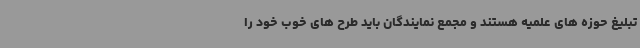
تبلیغ حوزه های علمیه هستند و مجمع نمایندگان باید طرح های خوب خود را